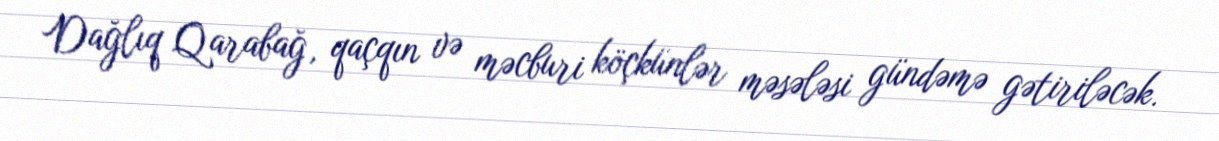
Dağlıq Qarabağ, qaçqın və məcburi köçkünlər məsələsi gündəmə gətiriləcək.